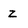
Character: Z